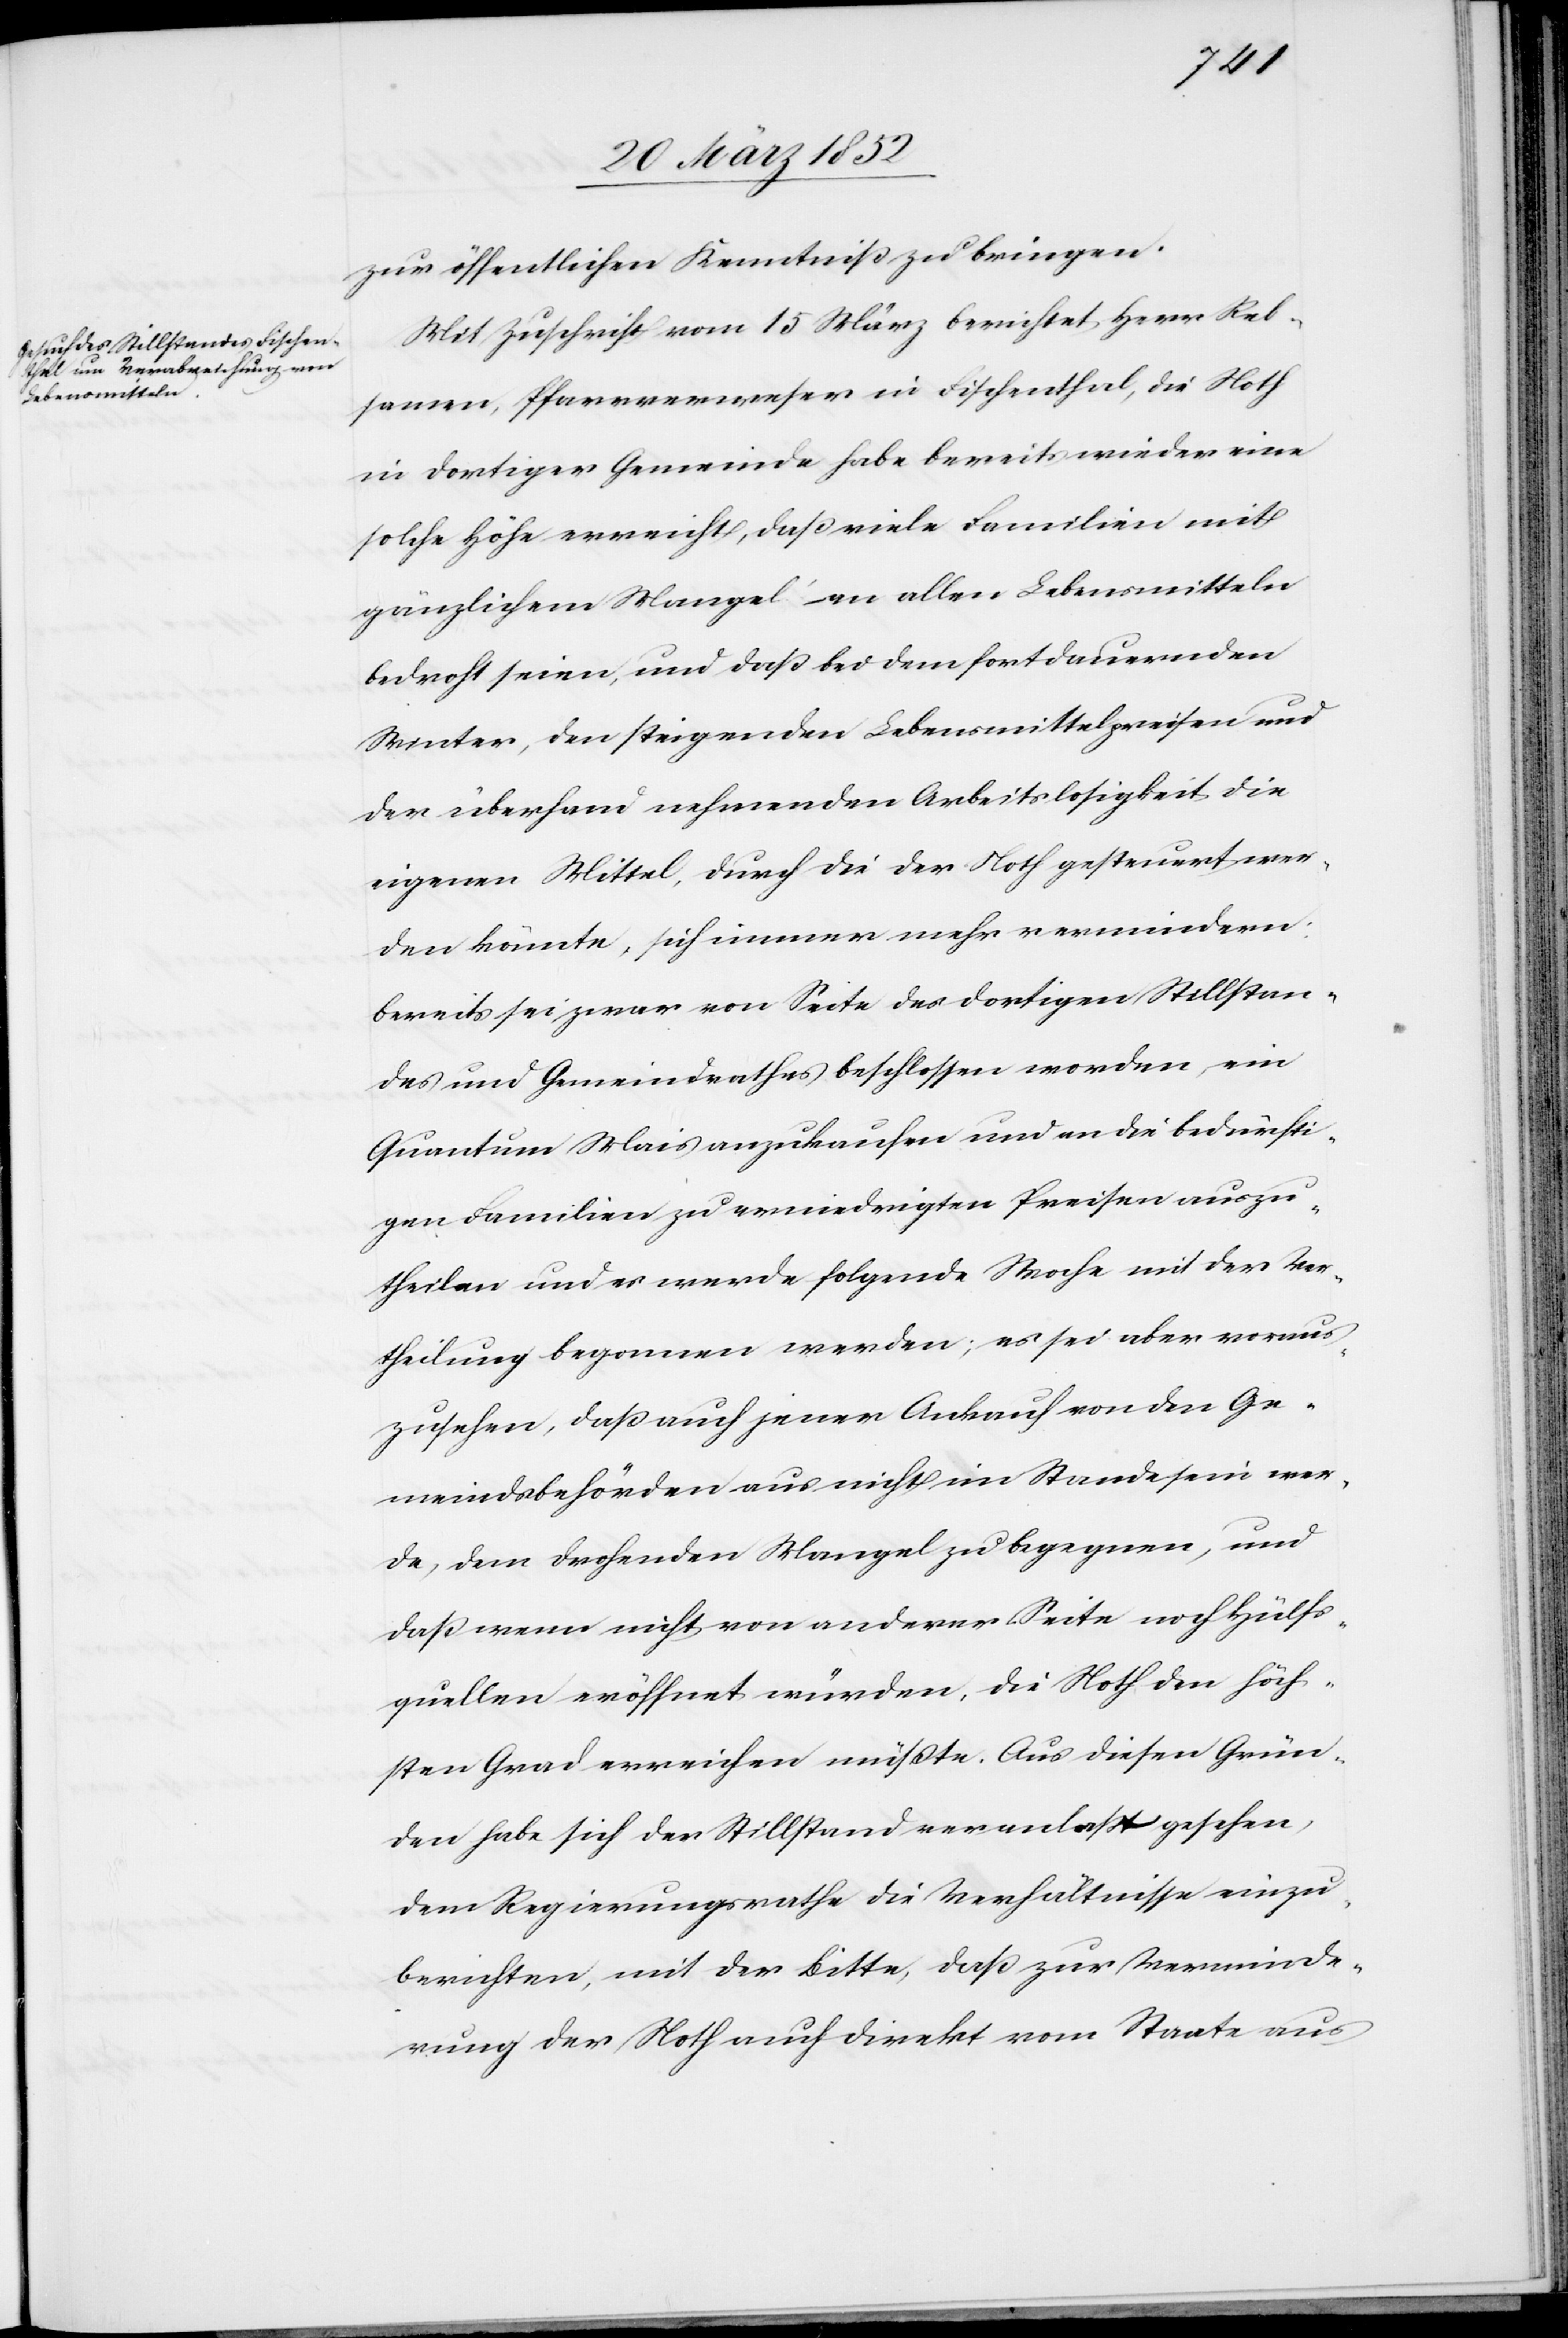
zu öffentlichen Kenntniß zu bringen.
Mit Zuschrift vom 15 März berichtet Herr Reb¬
samen, Pfarrverweser in Fischenthal, die Noth
in dortiger Gemeinde habe bereits wieder eine
solche Höhe erreicht, daß viele Familien mit
gänzlichem Mangel an allen Lebensmitteln
bedroht seien, und daß bei dem fortdauernden
Winter, den steigenden Lebensmittelpreisen und
der überhand nehmenden Arbeitslosigkeit die
eigenen Mittel, durch die der Noth gesteuert wer¬
den könnte, sich immer mehr vermindern.
Bereits sei zwar von Seite des dortigen Stillstan¬
des und Gemeindrathes beschlossen worden, ein
Quantum Mais anzukaufen und an die Bedürfti¬
gen Familien zu erniedrigten Preisen auszu¬
theilen und es werde folgende Woche mit der Ver¬
theilung begonnen werden; es sei aber voraus¬
zusehen, daß auch jener Ankauf von den Ge¬
meindsbehörden aus nicht im Stande sein wer¬
de, dem drohenden Mangel zu begegnen, und
daß wenn nicht von anderer Seite noch Hülfs¬
quellen eröffnet würden, die Noth den höch¬
sten Grad erreichen müßte. Aus diesen Grün¬
den habe sich der Stillstand veranlaßt gesehen,
dem Regierungsrathe die Verhältnisse einzu¬
berichten, mit der Bitte, daß zur Verminde¬
rung der Noth auch direkt vom Staate aus